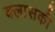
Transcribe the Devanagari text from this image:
क्लासकी